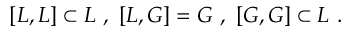
[ L , L ] \subset L \ , \ [ L , G ] = G \ , \ [ G , G ] \subset L \ .